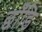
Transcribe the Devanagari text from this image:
छाँडि